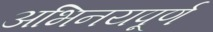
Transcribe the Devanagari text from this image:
अभिनयपूर्ण